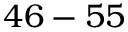
4 6 - 5 5